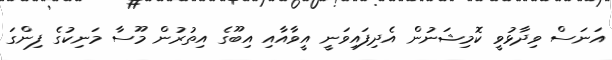
އަނަސް ވިދާޅުވީ ކޮމިޝަނުން އެދިފައިވަނީ އީވާއާއި އިބޫގެ އިތުރުން މޫސާ މަނިކުގެ ފިންގަ